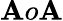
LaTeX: \mathbf{A}o\mathbf{A}